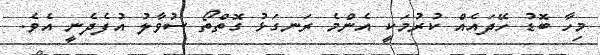
މިހާ ބޮޑު ހޭދައެއް ކުރުމަކީ އެންމެ ރަނގަޅު ގޮތްތޯ ސުވާލު އުފެދެނީ އެވެ.